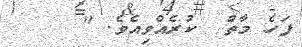
ފަހެ މާތް  ކުރެއްވިއެވެ. "